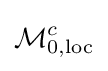
{\mathcal {M}}_{0,\operatorname {loc} }^{c}